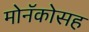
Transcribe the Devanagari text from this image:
मोनॅकोसह